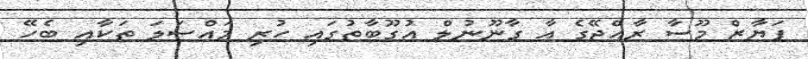
ފަޔާޒް މޫސާ ރާއްޖޭގެ އާ ގާނޫނުލް އުގޫބާތުގައި ހުރި މައްސަލަ ތަކާއި ބެހޭ